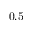
0 . 5